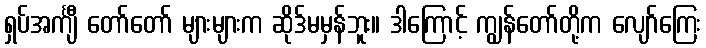
ရှပ်အင်္ကျီ တော်တော် များများက ဆိုဒ်မမှန်ဘူး။ ဒါကြောင့် ကျွန်တော်တို့က လျော်ကြေး